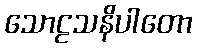
သောဠသနိပါတော